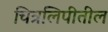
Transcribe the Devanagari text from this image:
चित्रलिपीतील